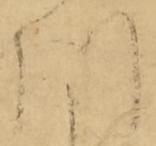
川